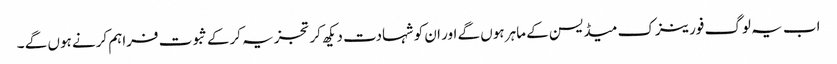
اب یہ لوگ فورینزک میڈیسن کے ماہر ہوں گے اور ان کو شہادت دیکھ کر تجزیہ کرکے ثبوت فراہم کرنے ہوں گے ۔